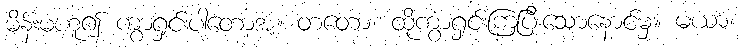
မိန်းမဟူ၍ ကွာရှင်းပါတော့အံ့။ တတော၊ ထိုကွာရှင်းကြပြီးသောနောင်မှ။ မယာ၊